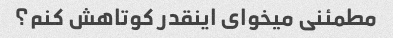
مطمئنی میخوای اینقدر کوتاهش کنم؟